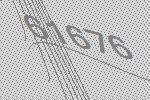
61676